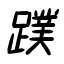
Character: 蹼